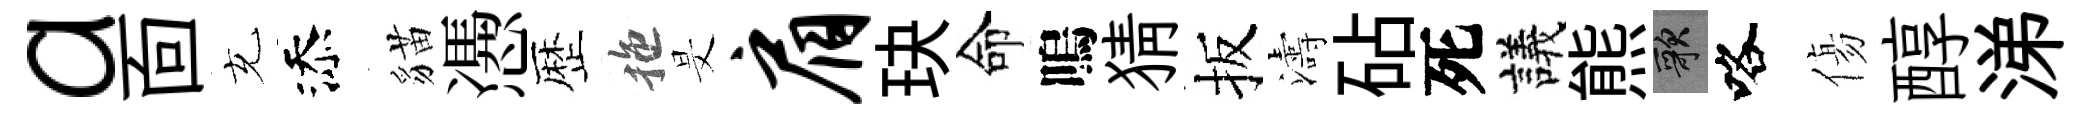
a靣充添貓慿歴拖旻肩玦命嗚猜扳濤砧死議熊歌咯傷醇涕